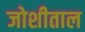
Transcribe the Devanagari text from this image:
जोशीताल